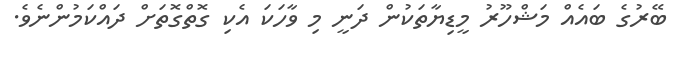
ބޭރުގެ ބައެއް މަޝްހޫރު މީޑިޔާތަކުން ދަނީ މި ވާހަކަ އެކި ގޮތްގޮތަށް ދައްކަމުންނެވެ.